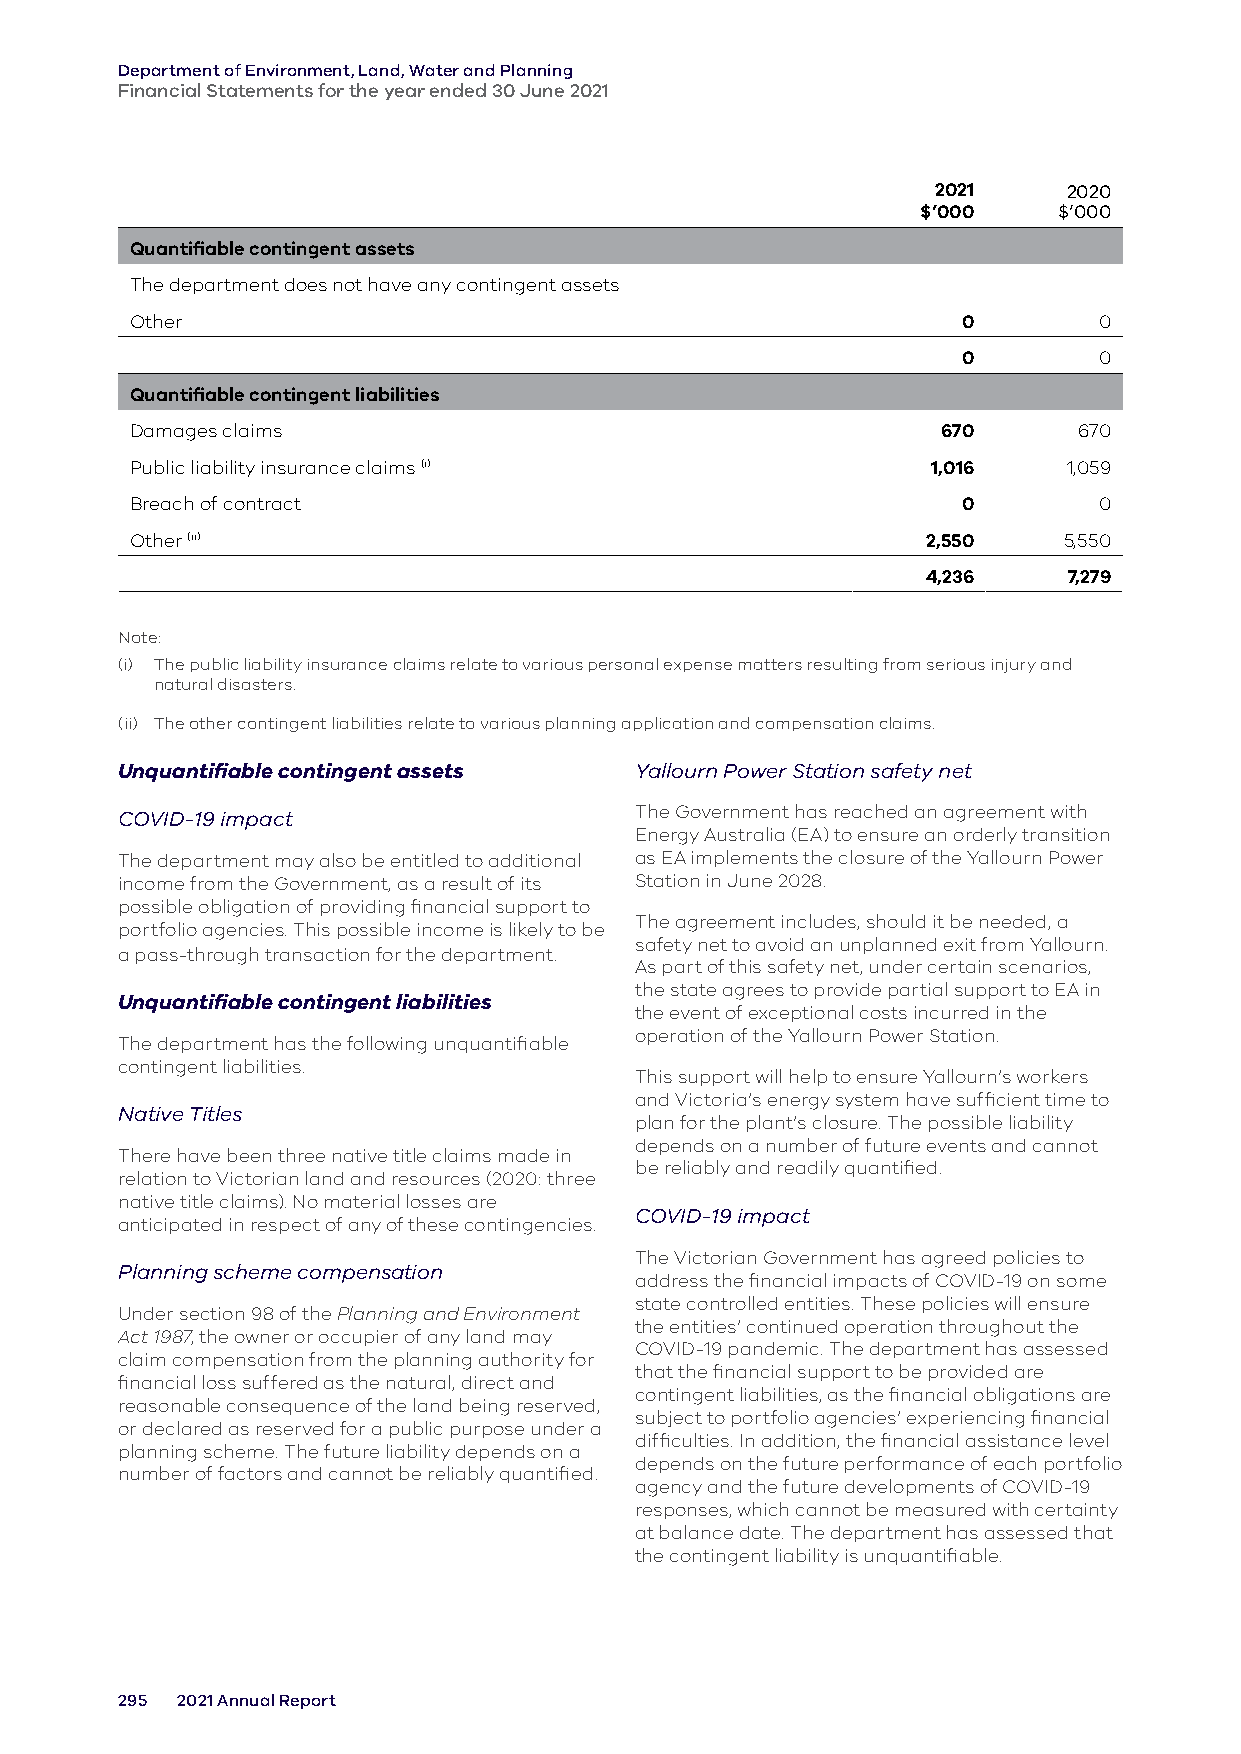
Department of Environment, Land, Water and Planning
 Financial Statements for the year ended 30 June 2021
 2021     2020
 $’000    $’000
 Quantifiable contingent assets
 The department does not have any contingent assets
 Other                                                  0        0
 0        0
 Quantifiable contingent liabilities
 Damages claims                                       670      670
 Public liability insurance claims (i)                1,016    1,059
 Breach of contract                                     0        0
 Other (ii)                                          2,550    5,550
 4,236     7,279
 Note:
 (i) The public liability insurance claims relate to various personal expense matters resulting from serious injury and
 natural disasters.
 (ii) The other contingent liabilities relate to various planning application and compensation claims.
 Unquantifiable contingent assets  Yallourn Power Station safety net
 The Government has reached an agreement with
 COVID-19 impact
 Energy Australia (EA) to ensure an orderly transition
 The department may also be entitled to additional as EA implements the closure of the Yallourn Power
 income from the Government, as a result of its Station in June 2028.
 possible obligation of providing financial support to
 The agreement includes, should it be needed, a
 portfolio agencies. This possible income is likely to be
 safety net to avoid an unplanned exit from Yallourn.
 a pass-through transaction for the department.
 As part of this safety net, under certain scenarios,
 the state agrees to provide partial support to EA in
 Unquantifiable contingent liabilities
 the event of exceptional costs incurred in the
 operation of the Yallourn Power Station.
 The department has the following unquantifiable
 contingent liabilities.
 This support will help to ensure Yallourn’s workers
 and Victoria’s energy system have sufficient time to
 Native Titles
 plan for the plant’s closure. The possible liability
 depends on a number of future events and cannot
 There have been three native title claims made in
 be reliably and readily quantified.
 relation to Victorian land and resources (2020: three
 native title claims). No material losses are
 COVID-19 impact
 anticipated in respect of any of these contingencies.
 The Victorian Government has agreed policies to
 Planning scheme compensation
 address the financial impacts of COVID-19 on some
 state controlled entities. These policies will ensure
 Under section 98 of the Planning and Environment
 the entities’ continued operation throughout the
 Act 1987, the owner or occupier of any land may
 COVID-19 pandemic. The department has assessed
 claim compensation from the planning authority for
 that the financial support to be provided are
 financial loss suffered as the natural, direct and
 contingent liabilities, as the financial obligations are
 reasonable consequence of the land being reserved,
 subject to portfolio agencies’ experiencing financial
 or declared as reserved for a public purpose under a
 difficulties. In addition, the financial assistance level
 planning scheme. The future liability depends on a
 depends on the future performance of each portfolio
 number of factors and cannot be reliably quantified.
 agency and the future developments of COVID-19
 responses, which cannot be measured with certainty
 at balance date. The department has assessed that
 the contingent liability is unquantifiable.
 295 2021 Annual Report